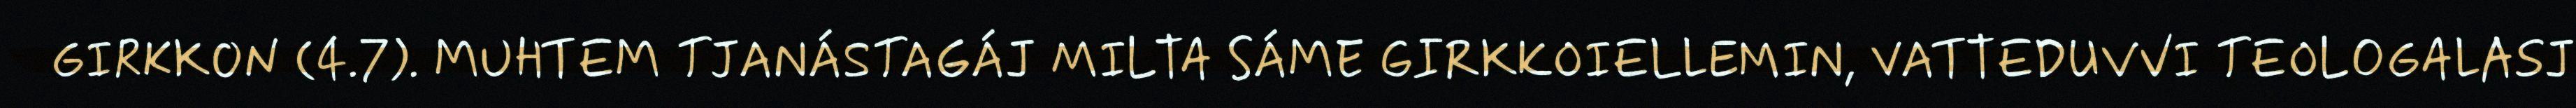
GIRKKON (4.7). MUHTEM TJANÁSTAGÁJ MILTA SÁME GIRKKOIELLEMIN, VATTEDUVVI TEOLOGALASJ